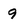
Character: 9